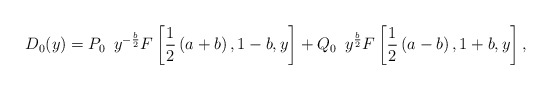
\begin{align*}D_0(y)=P_0\,\,\,y^{-\frac{b}{2}}F\left[ \frac{1}{2}\left(a+b\right),1-b,y\right] +Q_0\,\,\,y^{\frac{b}{2}}F\left[\frac{1}{2}\left(a-b\right),1+b,y\right],\end{align*}